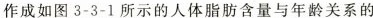
作成如图3-3-1所示的人体脂肪含量与年龄关系的